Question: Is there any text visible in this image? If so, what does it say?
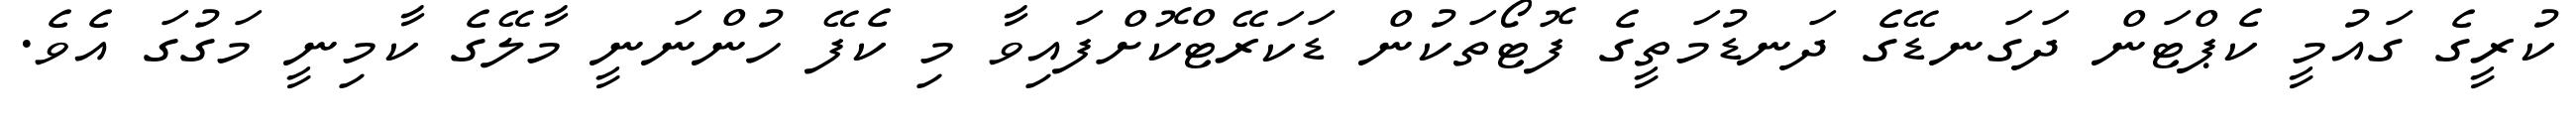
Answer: ކުރީގެ ގައުމީ ކެޕްޓަން ދަގަނޑޭގެ ދަނޑުމަތީގެ ފޮޓޯތަކުން ޑަކަރޭޓްކޮށްފައިވާ މި ކެފޭ ހުންނަނީ މާލޭގެ ކާމިނީ މަގުގަ އެވެ.